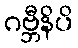
ဂဗ္ဘီနိပိ